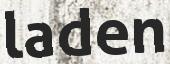
laden